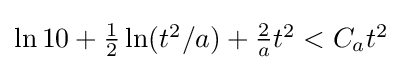
{\textstyle \ln 10+{\frac {1}{2}}\ln(t^{2}/a)+{\frac {2}{a}}t^{2}<C_{a}t^{2}}